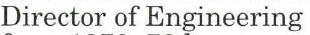
Director of Engineering